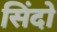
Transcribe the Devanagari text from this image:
सिंदो